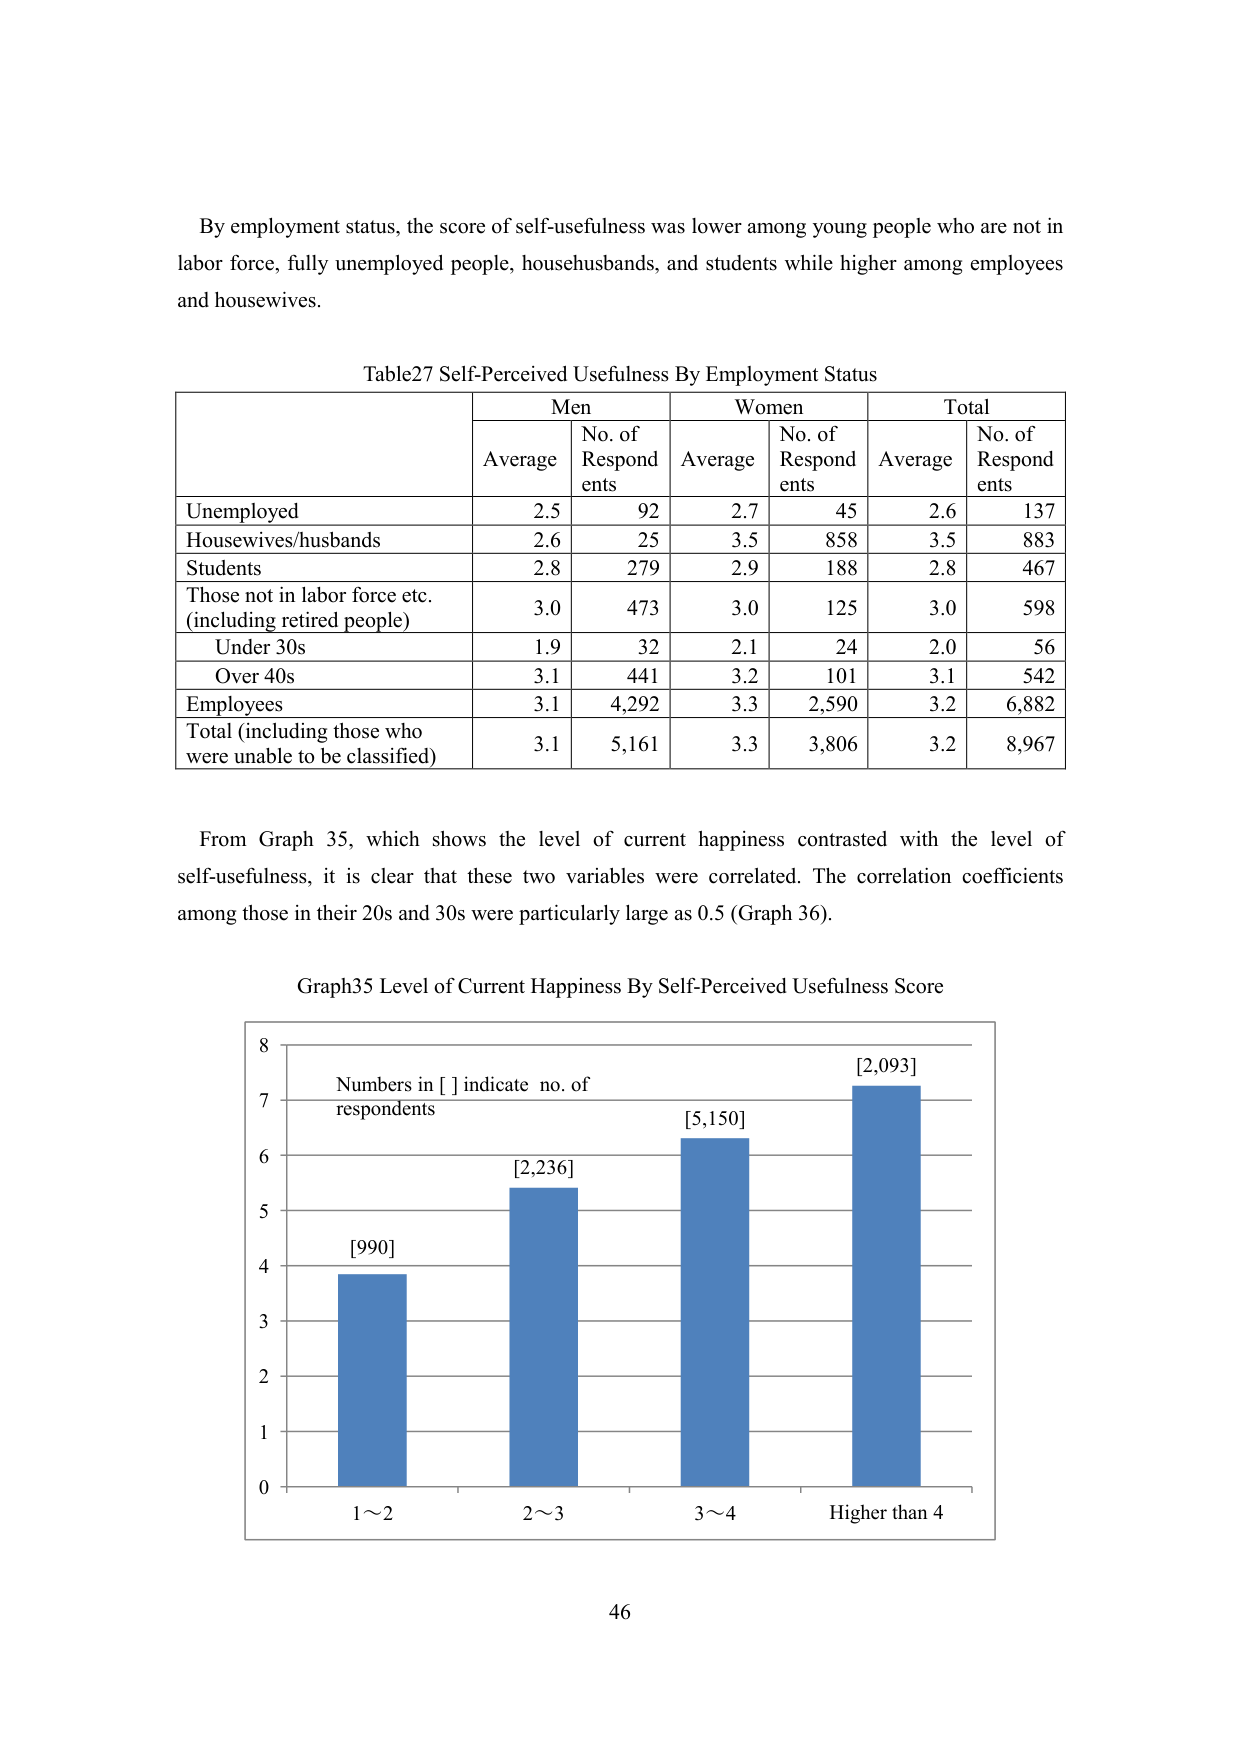
By employment status, the score of self-usefulness was lower among young people who are not in labor force, fully unemployed people, househusbands, and students while higher among employees and housewives.

Table27 Self-Perceived Usefulness By Employment Status
Men Women Total
Average No. of Respondents Average No. of Respondents Average No. of Respondents
Unemployed 2.5 92 2.7 45 2.6 137
Housewives/husbands 2.6 25 3.5 858 3.5 883
Students 2.8 279 2.9 188 2.8 467
Those not in labor force etc. (including retired people) 3.0 473 3.0 125 3.0 598
Under 30s 1.9 32 2.1 24 2.0 56
Over 40s 3.1 441 3.2 101 3.1 542
Employees 3.1 4,292 3.3 2,590 3.2 6,882
Total (including those who were unable to be classified) 3.1 5,161 3.3 3,806 3.2 8,967

From Graph 35, which shows the level of current happiness contrasted with the level of self-usefulness, it is clear that these two variables were correlated. The correlation coefficients among those in their 20s and 30s were particularly large as 0.5 (Graph 36).

Graph35 Level of Current Happiness By Self-Perceived Usefulness Score
Numbers in [ ] indicate no. of respondents
[990] [2,236] [5,150] [2,093]
0 1 2 3 4 5 6 7 8
1～2 2～3 3～4 Higher than 4

46